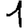
Digit: 1